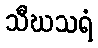
သီဃသရံ